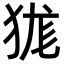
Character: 狵